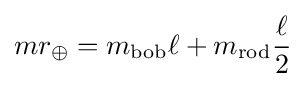
mr_{\oplus }=m_{\mathrm {bob} }\ell +m_{\mathrm {rod} }{\frac {\ell }{2}}